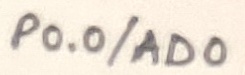
Text: P0.0/AD0